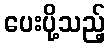
ပေးပို့သည့်